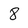
Character: 8